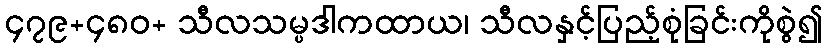
၄၇၉+၄၈၀+ သီလသမ္ပဒါကထာယ၊ သီလနှင့်ပြည့်စုံခြင်းကိုစွဲ၍